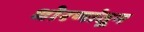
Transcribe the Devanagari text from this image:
धोरणांतून